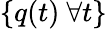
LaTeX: \{ q(t)~\forall t\}